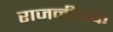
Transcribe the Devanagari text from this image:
राजनीयक